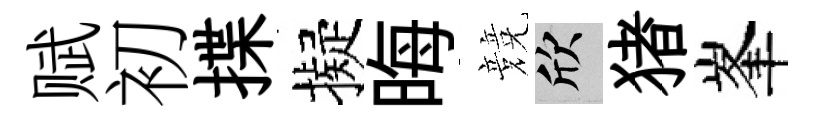
赋初揲擬晦競欣猪峯